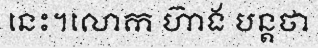
នេះ។លោក ហ៊ាង បន្តថា